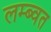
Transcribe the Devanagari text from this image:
लम्ब्वत